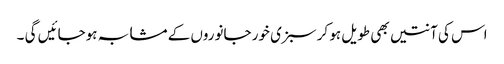
اس کی آنتیں بھی طویل ہو کر سبزی خور جانوروں کے مشابہ ہوجائیں گی ۔